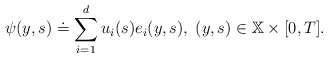
\begin{align*}\psi (y,s)\doteq \sum_{i=1}^{d}u_{i}(s)e_{i}(y,s),\;(y,s)\in \mathbb{X}\times \lbrack 0,T]. \end{align*}